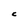
Character: C